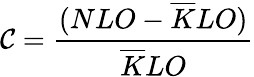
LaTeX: \mathcal{C}=\frac{{(NLO-\overline{{{{K}}}}LO)}}{{\overline{{{{K}}}}LO}}